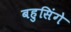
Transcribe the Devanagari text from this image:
बहुसिंगे